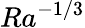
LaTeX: Ra^{-1/3}